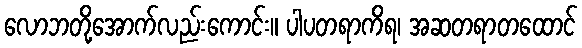
လောဘတို့အောက်လည်းကောင်း။ ပါပတရာကိရ၊ အဆတရာတထောင်